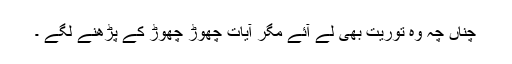
چناں چہ وہ توریت بھی لے آئے مگر آیات چھوڑ چھوڑ کے پڑھنے لگے ۔